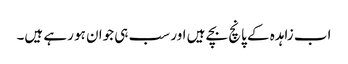
اب زاہدہ کے پانچ بچے ہیں اور سب ہی جوان ہو رہے ہیں۔